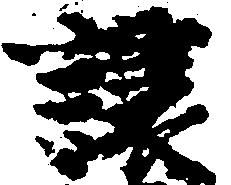
譲